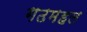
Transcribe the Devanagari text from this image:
गढमहल